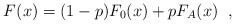
LaTeX: \begin{align*}F(x)=(1-p)F_0(x) + p F_A(x)\;\;,\end{align*}